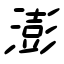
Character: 澎